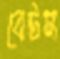
বেটস